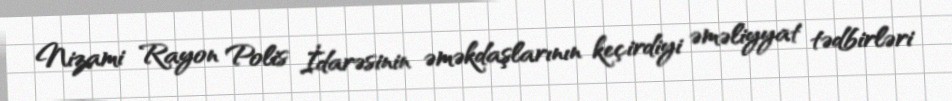
Nizami Rayon Polis İdarəsinin əməkdaşlarının keçirdiyi əməliyyat tədbirləri